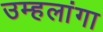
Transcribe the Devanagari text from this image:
उम्हलांगा